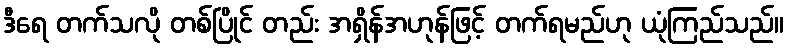
ဒီရေ တက်သလို တစ်ပြိုင် တည်း အရှိန်အဟုန်ဖြင့် တက်ရမည်ဟု ယုံကြည်သည်။